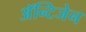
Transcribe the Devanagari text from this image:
अॅन्टिजेन